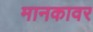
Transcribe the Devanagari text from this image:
मानकावर